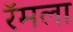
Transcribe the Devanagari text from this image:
रॅमला